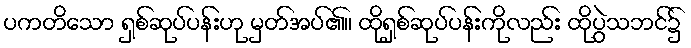
ပကတိသော ရှစ်ဆုပ်ပန်းဟု မှတ်အပ်၏။ ထိုရှစ်ဆုပ်ပန်းကိုလည်း ထိုပွဲသဘင်၌